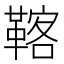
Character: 𩋽